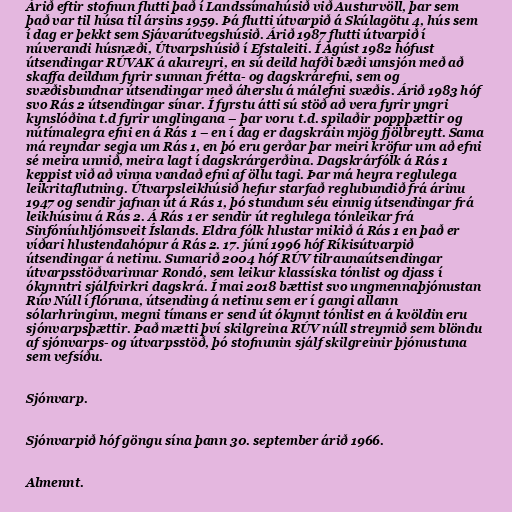
Árið eftir stofnun flutti það í Landssímahúsið við Austurvöll, þar sem
það var til húsa til ársins 1959. Þá flutti útvarpið á Skúlagötu 4, hús sem
í dag er þekkt sem Sjávarútvegshúsið. Árið 1987 flutti útvarpið í
núverandi húsnæði, Útvarpshúsið í Efstaleiti. Í Ágúst 1982 hófust
útsendingar RÚVAK á akureyri, en sú deild hafði bæði umsjón með að
skaffa deildum fyrir sunnan frétta- og dagskrárefni, sem og
svæðisbundnar útsendingar með áherslu á málefni svæðis. Árið 1983 hóf
svo Rás 2 útsendingar sínar. Í fyrstu átti sú stöð að vera fyrir yngri
kynslóðina t.d fyrir unglingana – þar voru t.d. spilaðir poppþættir og
nútímalegra efni en á Rás 1 – en í dag er dagskráin mjög fjölbreytt. Sama
má reyndar segja um Rás 1, en þó eru gerðar þar meiri kröfur um að efni
sé meira unnið, meira lagt í dagskrárgerðina. Dagskrárfólk á Rás 1
keppist við að vinna vandað efni af öllu tagi. Þar má heyra reglulega
leikritaflutning. Útvarpsleikhúsið hefur starfað reglubundið frá árinu
1947 og sendir jafnan út á Rás 1, þó stundum séu einnig útsendingar frá
leikhúsinu á Rás 2. Á Rás 1 er sendir út reglulega tónleikar frá
Sinfóníuhljómsveit Íslands. Eldra fólk hlustar mikið á Rás 1 en það er
víðari hlustendahópur á Rás 2. 17. júní 1996 hóf Ríkisútvarpið
útsendingar á netinu. Sumarið 2004 hóf RÚV tilraunaútsendingar
útvarpsstöðvarinnar Rondó, sem leikur klassíska tónlist og djass í
ókynntri sjálfvirkri dagskrá. Í mai 2018 bættist svo ungmennaþjónustan
Rúv Núll í flóruna, útsending á netinu sem er í gangi allann
sólarhringinn, megni tímans er send út ókynnt tónlist en á kvöldin eru
sjónvarpsþættir. Það mætti því skilgreina RÚV núll streymið sem blöndu
af sjónvarps- og útvarpsstöð, þó stofnunin sjálf skilgreinir þjónustuna
sem vefsíðu.

Sjónvarp.

Sjónvarpið hóf göngu sína þann 30. september árið 1966.

Almennt.